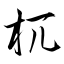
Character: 杌